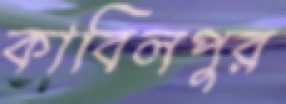
কাবিলপুর